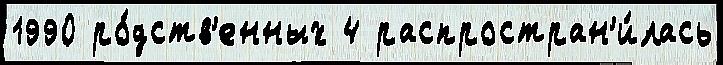
1990 ро́дств'енных 4 распростран'и́лась